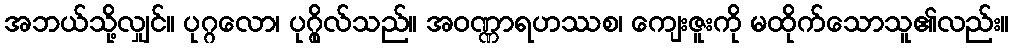
အဘယ်သို့လျှင်။ ပုဂ္ဂလော၊ ပုဂ္ဂိုလ်သည်။ အဝဏ္ဏာရဟဿစ၊ ကျေးဇူးကို မထိုက်သောသူ၏လည်း။